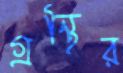
গ্রন্থির